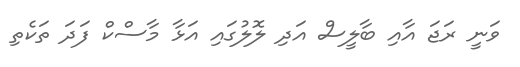
ވަނީ ރަޖަ އާއި ބާލީސް އަދި ލޮލުގައި އަޅާ މާސްކް ފަދަ ތަކެތި